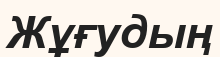
Жұғудың